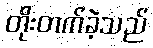
တိုးတက်ခဲ့သည်